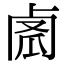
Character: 𠧼